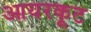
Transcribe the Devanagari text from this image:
आयरकूट